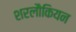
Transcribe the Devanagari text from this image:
शरलौकियन